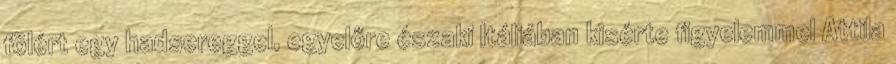
fölért egy hadsereggel, egyelőre északi Itáliában kisérte figyelemmel Attila